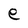
Character: e